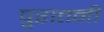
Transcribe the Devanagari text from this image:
पुरातनी